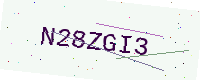
Text: N28ZGI3